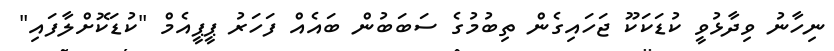
ނިހާނު ވިދާޅުވީ ކުޑަކަކޫ ޖަހައިގެން ތިބުމުގެ ސަބަބުން ބައެއް ފަހަަރު ޕީޕީއެމް "ކުޑަކޮށްލާފައި"